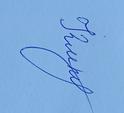
Signature authenticity: genuine